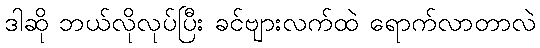
ဒါဆို ဘယ်လိုလုပ်ပြီး ခင်ဗျားလက်ထဲ ရောက်လာတာလဲ